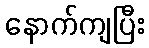
နောက်ကျပြီး